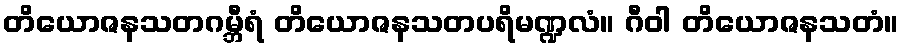
တိယောဇနသတဂမ္ဘီရံ တိယောဇနသတပရိမဏ္ဍလံ။ ဂီဝါ တိယောဇနသတံ။